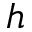
h